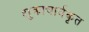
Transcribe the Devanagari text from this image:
शुक्राचार्यकृत